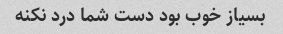
بسیاز خوب بود دست شما درد نکنه